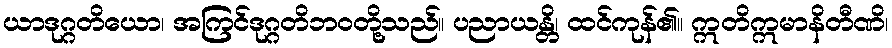
ယာဒုဂ္ဂတိယော၊ အကြင်ဒုဂ္ဂတိဘဝတို့သည်။ ပညာယန္တိ၊ ထင်ကုန်၏။ ဣတိဣမာနိတီဏိ၊